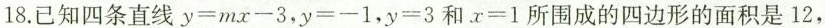
18.已知四条直线y=mx-3，y=-1，y=3和x=1所围成的四边形的面积是12，